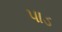
પાડ